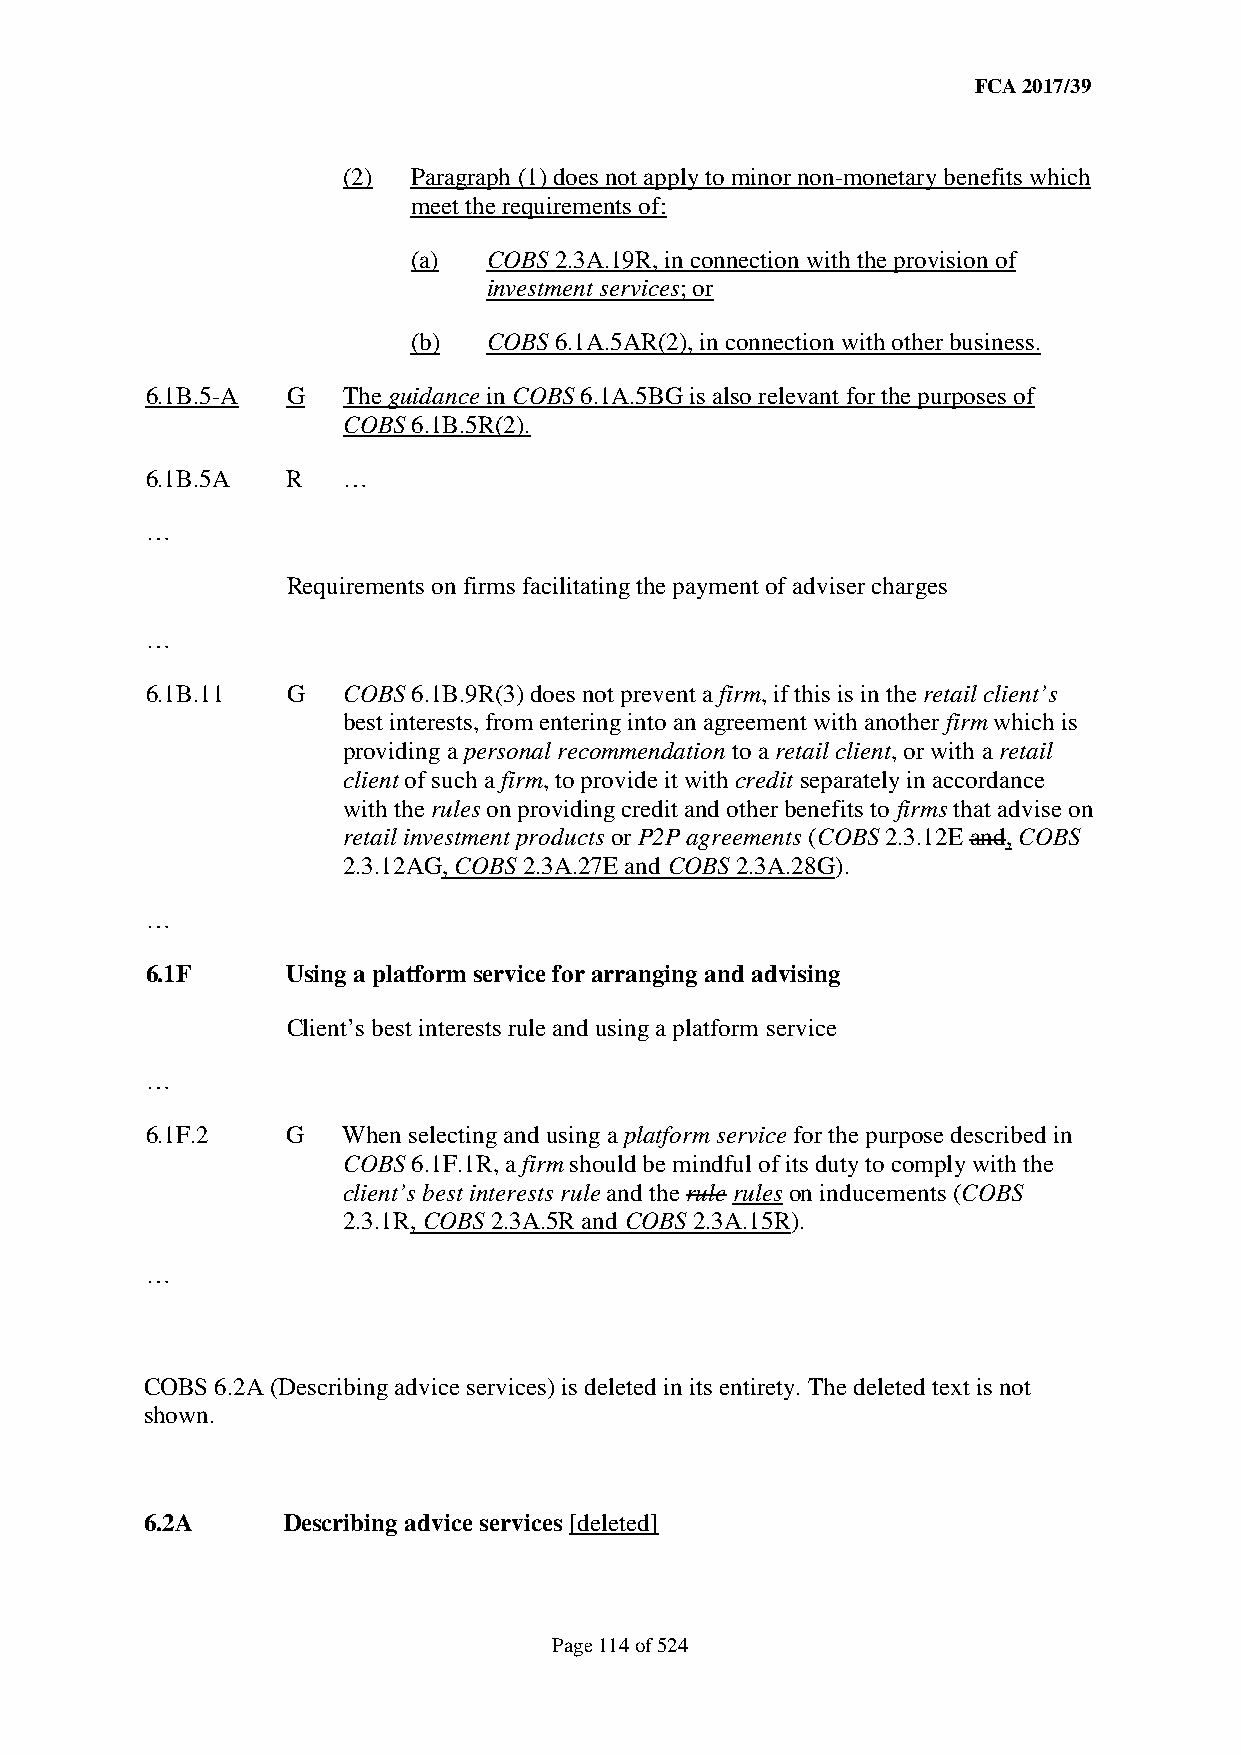
FCA 2017/39
 (2) Paragraph (1) does not apply to minor non-monetary benefits which
 meet the requirements of:
 (a)  COBS 2.3A.19R, in connection with the provision of
 investment services; or
 (b)  COBS 6.1A.5AR(2), in connection with other business.
 6.1B.5-A G   The guidance in COBS 6.1A.5BG is also relevant for the purposes of
 COBS 6.1B.5R(2).
 6.1B.5A  R   …
 …
 Requirements on firms facilitating the payment of adviser charges
 …
 6.1B.11  G   COBS 6.1B.9R(3) does not prevent a firm, if this is in the retail client’s
 best interests, from entering into an agreement with another firm which is
 providing a personal recommendation to a retail client, or with a retail
 client of such a firm, to provide it with credit separately in accordance
 with the rules on providing credit and other benefits to firms that advise on
 retail investment products or P2P agreements (COBS 2.3.12E and, COBS
 2.3.12AG, COBS 2.3A.27E and COBS 2.3A.28G).
 …
 6.1F     Using a platform service for arranging and advising
 Client’s best interests rule and using a platform service
 …
 6.1F.2   G   When selecting and using a platform service for the purpose described in
 COBS 6.1F.1R, a firm should be mindful of its duty to comply with the
 client’s best interests rule and the rule rules on inducements (COBS
 2.3.1R, COBS 2.3A.5R and COBS 2.3A.15R).
 …
 COBS 6.2A (Describing advice services) is deleted in its entirety. The deleted text is not
 shown.
 6.2A     Describing advice services [deleted]
 Page 114 of 524